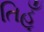
તિહૂઁ